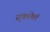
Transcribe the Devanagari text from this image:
सुकलेलं